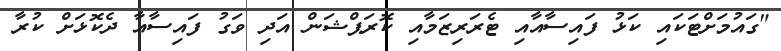
"ގައުމަށްޓަކައި ކަޅު ފައިސާއާއި ޓެރަރިޒަމާއި ކޮރަޕްޝަން އަދި ވަގު ފައިސާއާ ދެކޮޅަށް ކުރާ